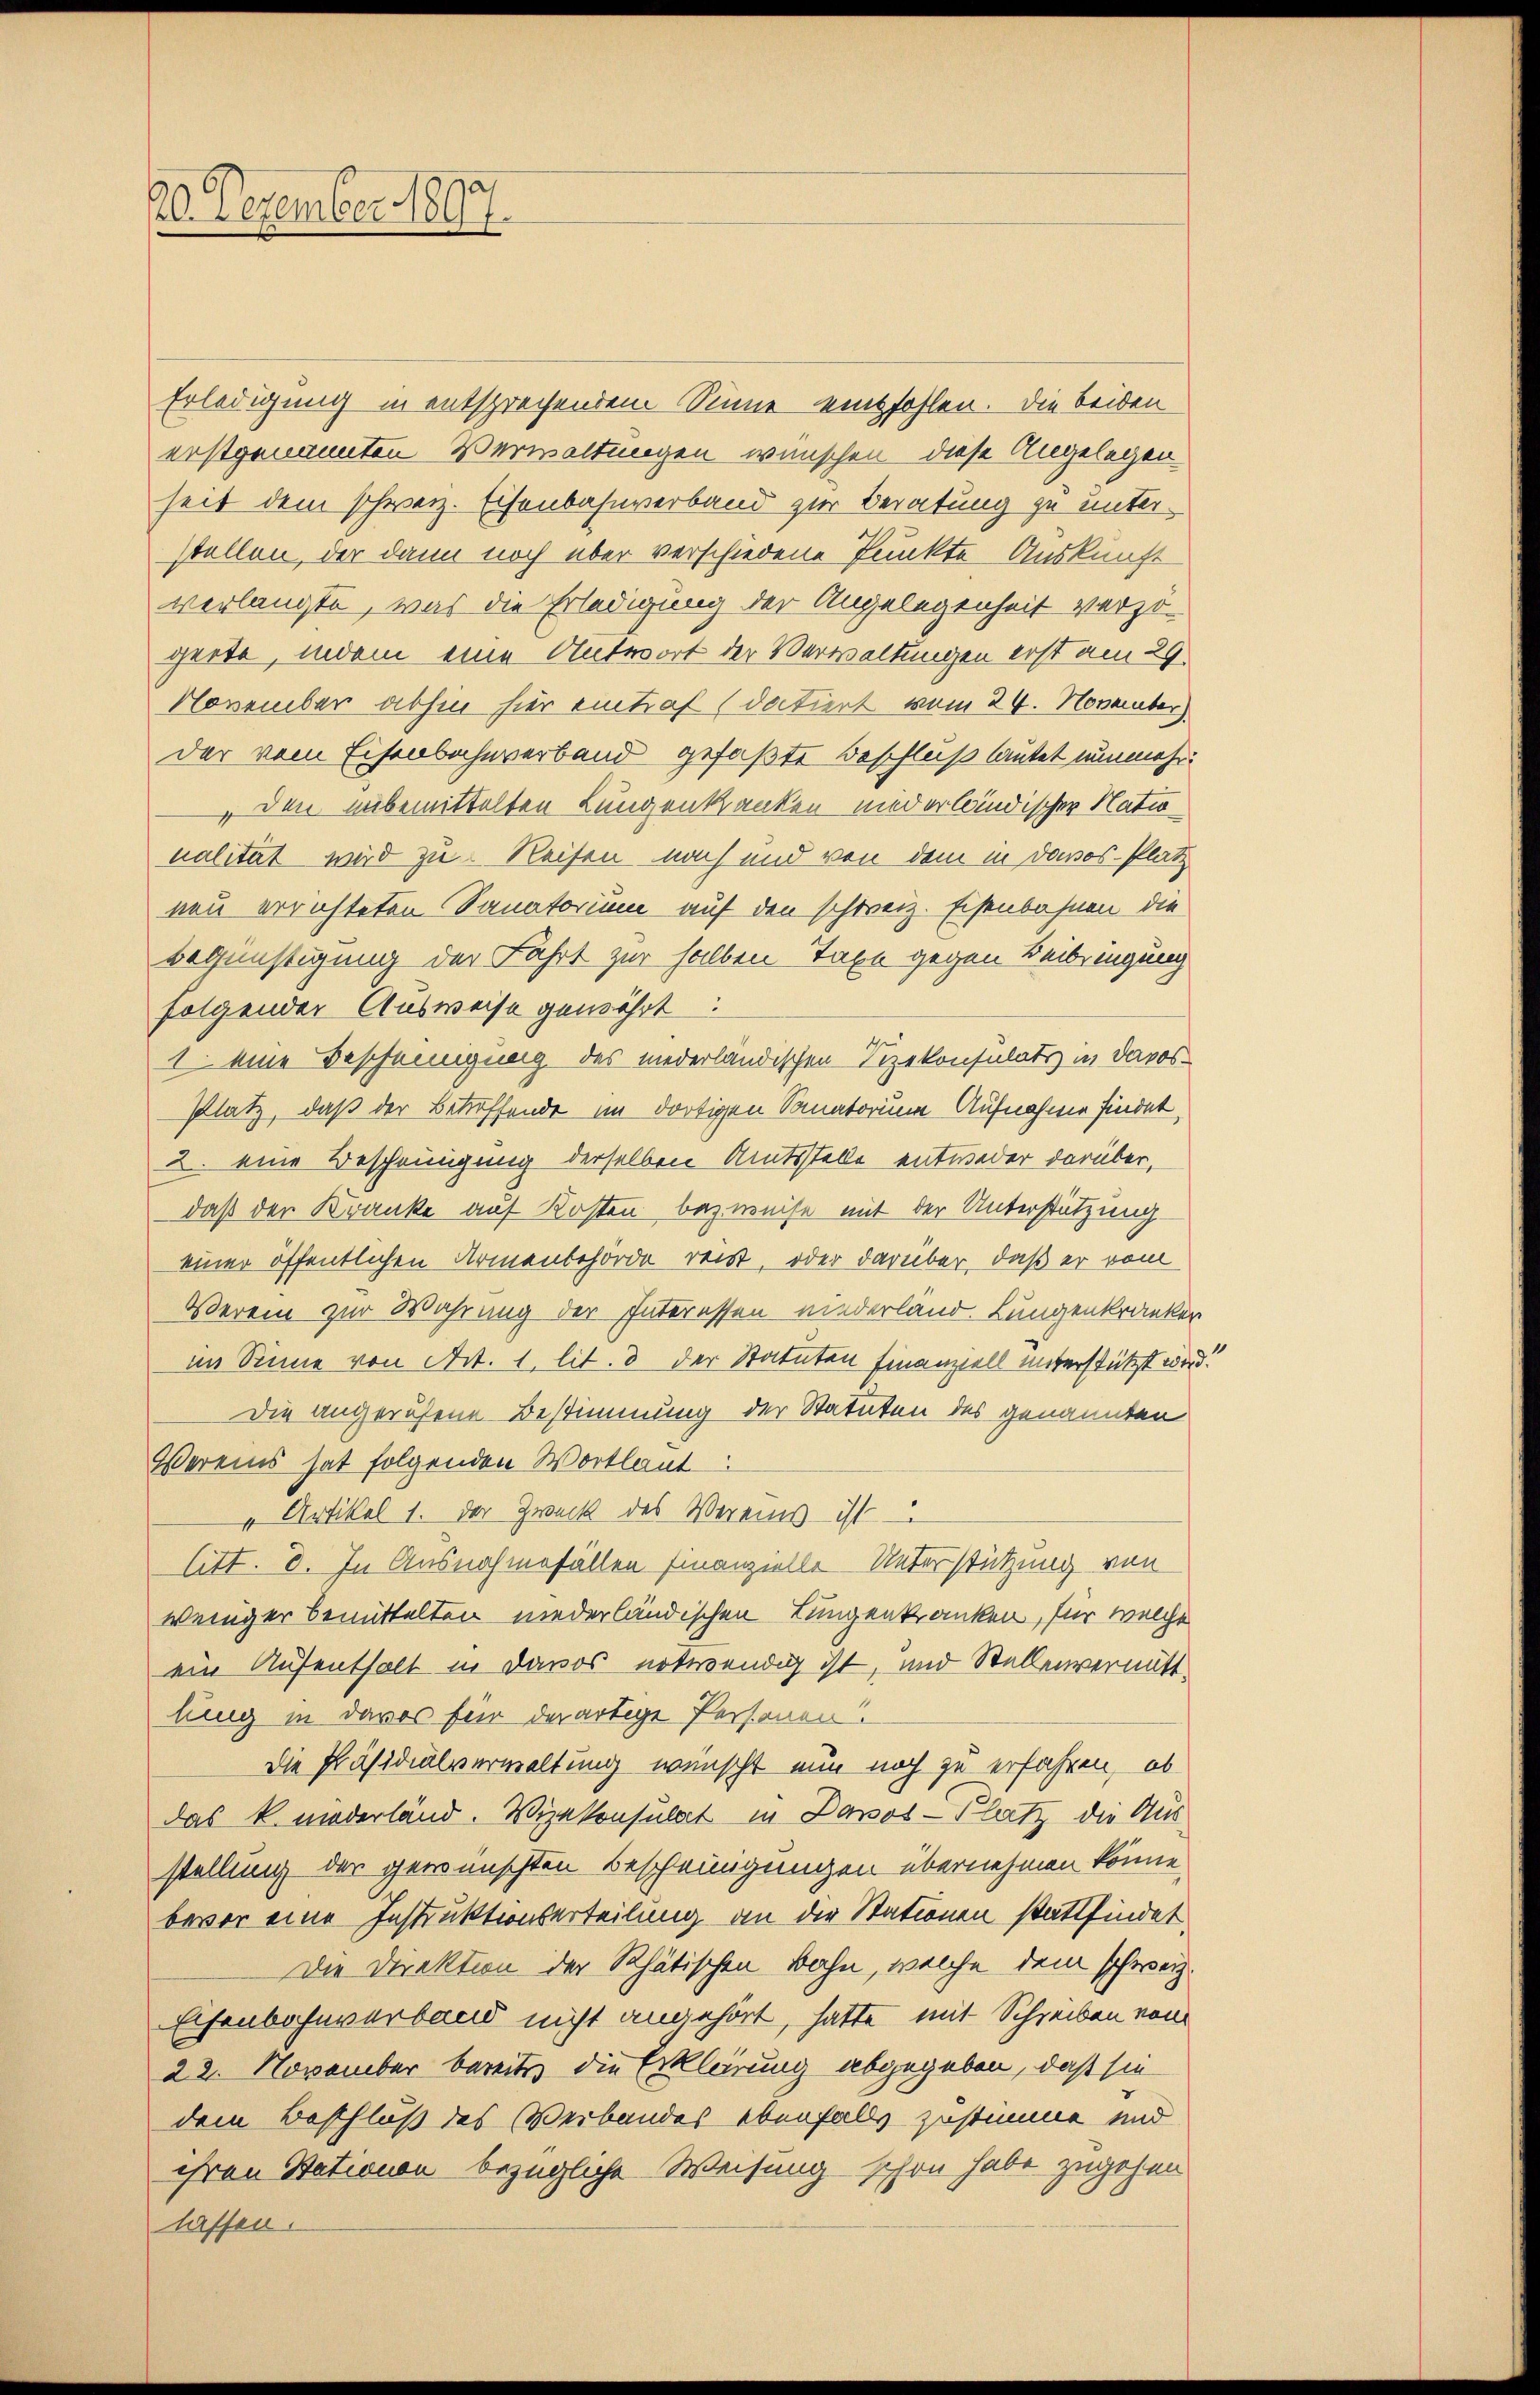
20 Dezember 1897.

Erledigung in entsprechendem Sinne empfohlen. Die beiden
erstgenannten Verwaltungen wünschen, diese Angelegen
seit dem schweiz. Eisenbahnverband zur Beratung zu unterstellen, der dann noch über verschiedene Punkte Auskunft
verlangte, was die Erledigung der Angelegenheit verzo-
gerte, indem eine Antwort der Verwaltungen erst am 29.
November abhin hier eintraf (datiert vom 24. November
der vom Eisenbahnverband gefaßte Beschluß lautet nunmehr¬
 den unbemittelten Lungenkranken mied erländischer Natio
nalität wird zu Reisen noch und von dem in Davos- Platz
neu errichteten Sanatorium auf den schweiz. Eisenbahnen die
Begünstigung der Fahrt zur halben Taxe gegen Beibringung
folgender Ausweise gewährt:
1. eine Bescheinigung des niederländischen Vizekonsulats in Davos¬
Platz, daß der Betreffende im dortigen Sanatorum Aufnahme findet,
2. eine Bescheinigung derselben Amtsstelle entweder darüber,
daß der Kranke auf Kosten bezweise mit der Unterstützung
einer öffentlichen Armenbehörde reist, oder darüber, daß er vom
Verein zur Wahrung der Interessen niederland. Lungenkranker
im Sinne von Art. 1. lit. 3 der Statuten Finanziell unterstützt wird!
Die angerufene Bestimmung der Statuten des genannten
Vereins hat folgenden Wortlaut
„Artikel 1. der Zweck des Vereins – ist
litt. d. In Ausnahmefällen Finanzielle Unterstützung von
weniger bemittelten niederländischen Lungenkranken, für welche
ein Aufenthalt in Davos notwendig ist, und Stellenvermittlung in daros für derartige Personen.
Die Präsidialverwaltung wünscht nun noch zu erfahren, ob
das k. niederländ. Vizekonsulat in Davos- Platz die Ausstellung der gewünschten Bescheinigungen übernehmen könne.
bevor eine Instruktionserteilung an die Stationen stattfindet
Die Direktion der Rhätischen Bahn, welche dem schweiz.
Eisenbahnverband nicht angehört, hatte mit Schreiben von
22. November bereits die Erklärung abgegeben, daß sie
dem Beschluß des Verbandes ebenfalls zustimme und
ihren Stationen bezügliche Weisung schon habe zugehen
lassen.